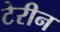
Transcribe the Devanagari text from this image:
टेरीन